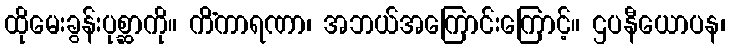
ထိုမေးခွန်းပုစ္ဆာကို။ ကိံကာရဏာ၊ အဘယ်အကြောင်းကြောင့်။ ဌပနီယောပန၊